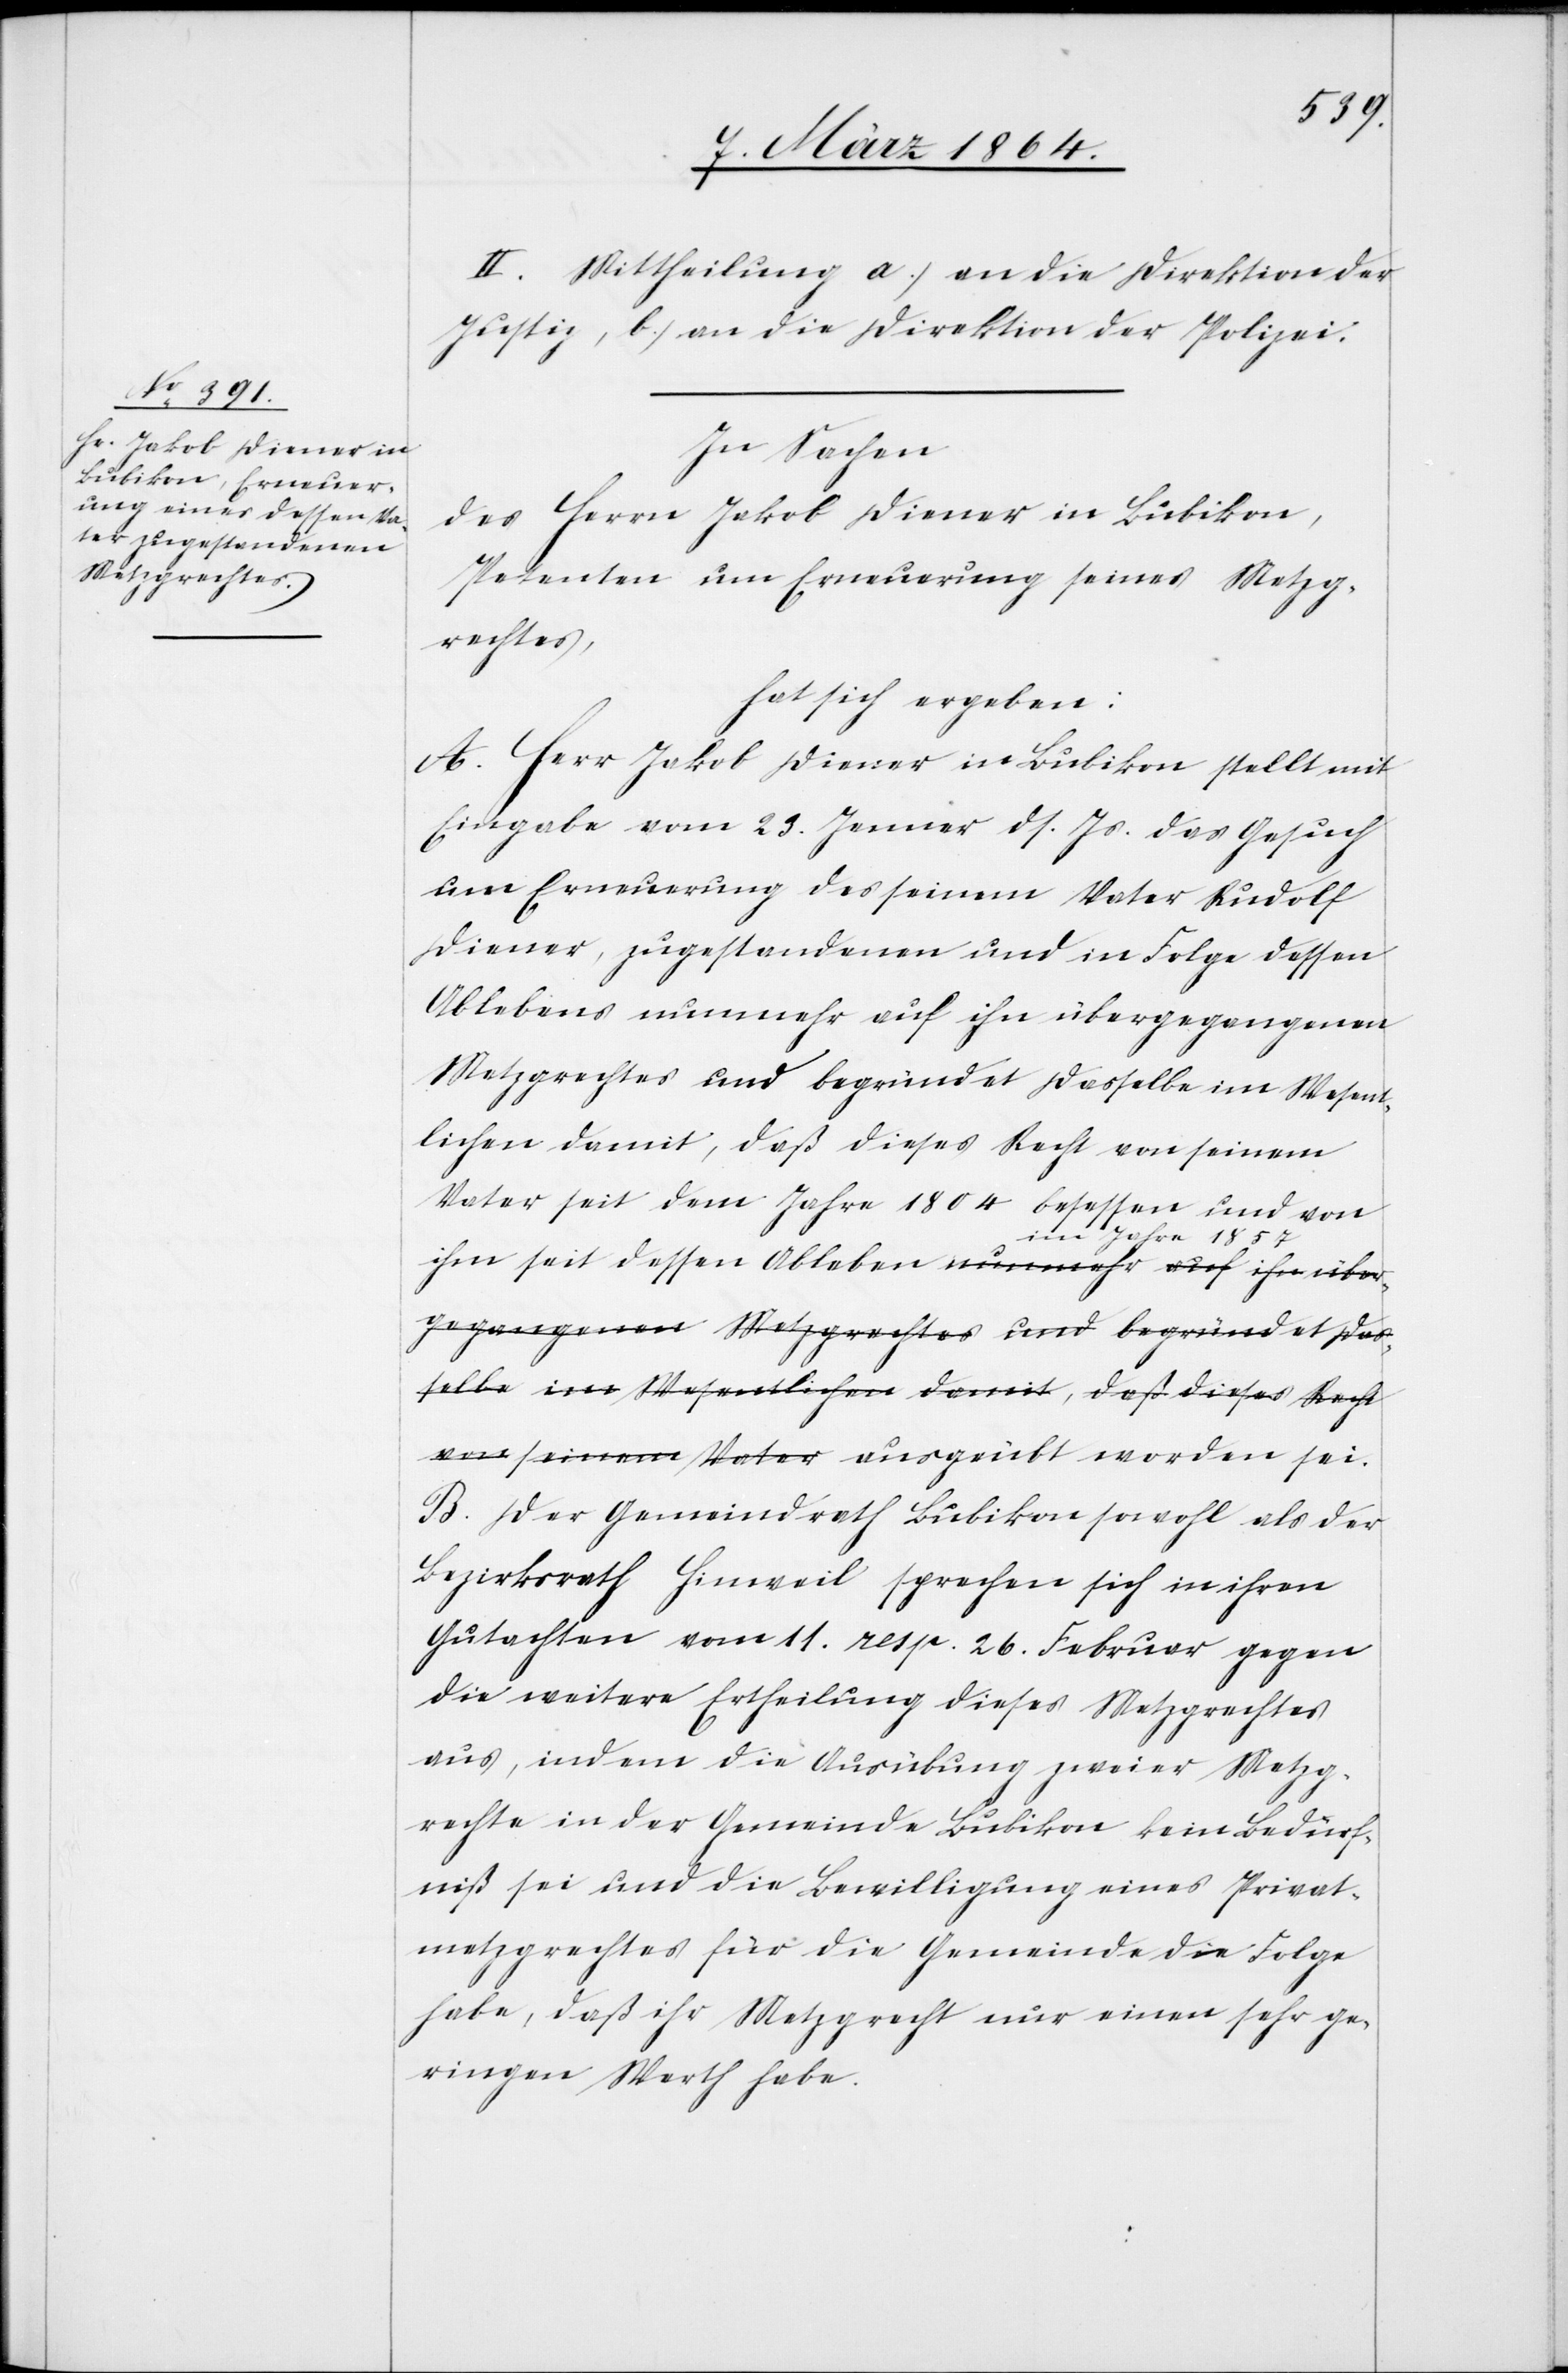
II. Mittheilung a.) an die Direktion der
Justiz, b.) an die Direktion der Polizei.
In Sachen
des Herrn Jakob Diener in Bubikon,
Petenten um Erneuerung seines Metzg¬
rechtes,
hat sich ergeben:
A. Herr Jakob Diener in Bubikon stellt mir
Eingabe vom 23. Januar ds. Js. das Gesuch
um Erneuerung des seinem Vater Rudolf
Diener, zugestandenen und in Folge dessen
Ablebens nunmehr auf ihn übergegangenen
Metzgrechtes und begründet dasselbe im Wesent¬
lichen damit, daß dieses Recht von seinem
Vater seit dem Jahre 1804 besessen und von
ihm seit dessen Ableben im Jahre 1857 ausgerichtet
B. Der Gemeindrath Bubikon sowohl als der
Bezirksrath Hinweil sprechen sich in ihren
Gutachten vom 11. resp. 26. Februar gegen
die weitere Ertheilung dieses Metzgrechtes
aus, indem die Ausübung zweier Metzg¬
rechte in der Gemeinde Bubikon kein Bedürf¬
niß sei und die Bewilligung eines Privat¬
metzgrechtes für die Gemeinde die Folge
habe, daß ihr Metzgrecht nur einen sehr ge¬
ringen Werth habe.